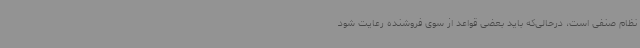
نظام صنفی است، درحالی‌که باید بعضی قواعد از سوی فروشنده رعایت شود